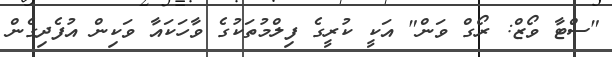
"ސްޓާ ވޯޒް: ރޯގް ވަން" އަކީ ކުރީގެ ފިލްމުތަކުގެ ވާހަކައާ ވަކިން އުފެދިގެން